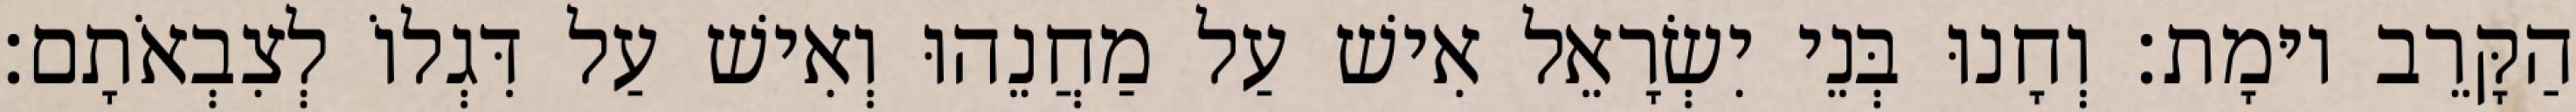
הַקָּרֵב יוּמָת׃ וְחָנוּ בְּנֵי יִשְׂרָאֵל אִישׁ עַל מַחֲנֵהוּ וְאִישׁ עַל דִּגְלוֹ לְצִבְאֹתָם׃